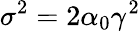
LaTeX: \sigma^{2}=2\alpha_{0}\gamma^{2}